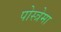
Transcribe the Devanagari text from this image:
पोस्त्रेमा